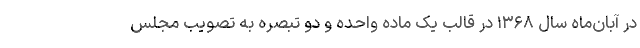
در آبان‌ماه سال ۱۳۶۸ در قالب یک ماده واحده و دو تبصره به تصویب مجلس